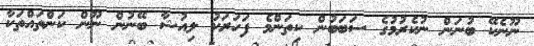
ނޫނެކޭ ބުނަން ނުކެރުމުގެ ސަބަބުން ކިތަންމެ ފަހަރަކު ލިއުޝާ ބޭނުން ނޫން ކަންތައްތަކާ